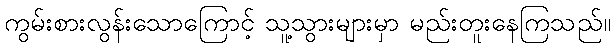
ကွမ်းစားလွန်းသောကြောင့် သူ့သွားများမှာ မည်းတူးနေကြသည်။